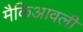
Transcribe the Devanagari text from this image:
मैकिआवली